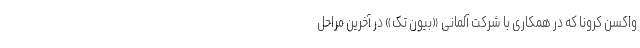
واکسن کرونا که در همکاری با شرکت آلمانی «بیون تک» در آخرین مراحل